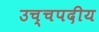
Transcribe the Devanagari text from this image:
उच्चपदीय